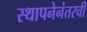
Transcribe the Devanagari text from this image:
स्थापनेनंतरची